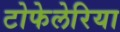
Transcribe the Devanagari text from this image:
टोफेलेरिया